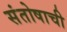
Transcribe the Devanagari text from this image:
संतोषाची